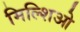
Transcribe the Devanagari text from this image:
मिल्शिओ